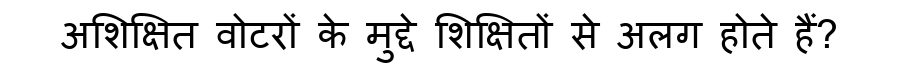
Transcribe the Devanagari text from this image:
अशिक्षित वोटरों के मुद्दे शिक्षितों से अलग होते हैं?